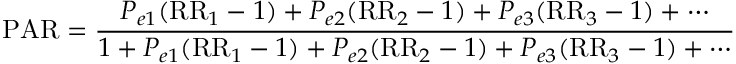
{ \mathrm { P A R } } = { \frac { P _ { e 1 } ( { \mathrm { R R } } _ { 1 } - 1 ) + P _ { e 2 } ( { \mathrm { R R } } _ { 2 } - 1 ) + P _ { e 3 } ( { \mathrm { R R } } _ { 3 } - 1 ) + \cdots } { 1 + P _ { e 1 } ( { \mathrm { R R } } _ { 1 } - 1 ) + P _ { e 2 } ( { \mathrm { R R } } _ { 2 } - 1 ) + P _ { e 3 } ( { \mathrm { R R } } _ { 3 } - 1 ) + \cdots } }